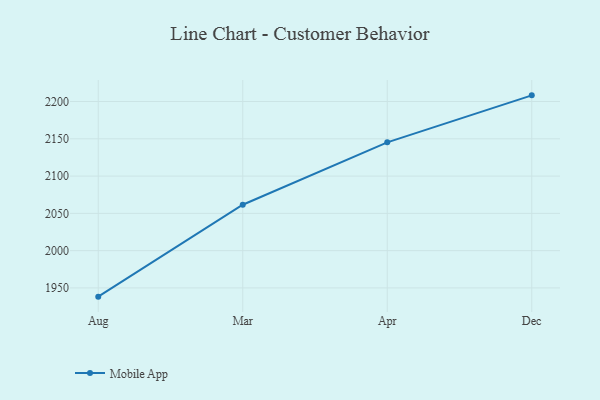
{"axis": {"x": "Month", "y": "Inventory Turnover"}, "legend": ["Mobile App"], "data": [{"x": "Aug", "y": 1938.3, "type": "Mobile App"}, {"x": "Mar", "y": 2061.6, "type": "Mobile App"}, {"x": "Apr", "y": 2145.3, "type": "Mobile App"}, {"x": "Dec", "y": 2208.3, "type": "Mobile App"}]}